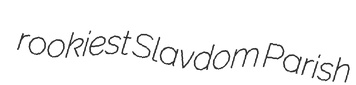
rookiest Slavdom Parish